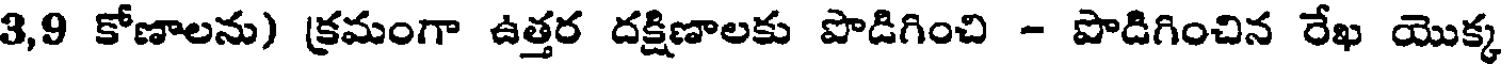
3,9 కోణాలను) క్రమంగా ఉత్తర దక్షిణాలకు పొడిగించి - పొడిగించిన రేఖ యొక్క